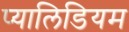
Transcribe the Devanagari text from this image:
प्यालिडियम